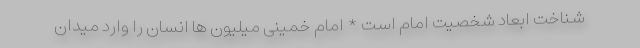
شناخت ابعاد شخصیت امام است * امام خمینی میلیون ها انسان را وارد میدان